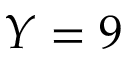
Y = 9